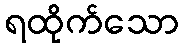
ရထိုက်သော